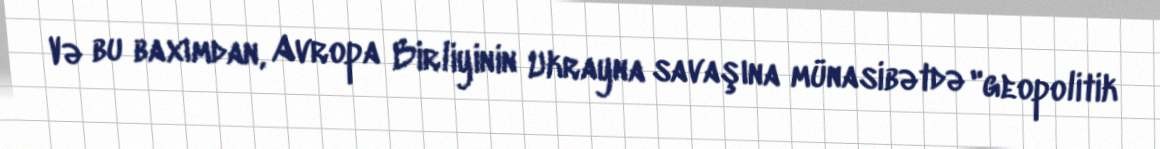
Və bu baxımdan, Avropa Birliyinin Ukrayna savaşına münasibətdə "geopolitik